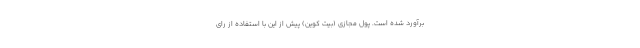
برآورد شده است. پول مجازی (بیت کوین) پیش از این با استفاده از رای